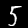
Label: 5